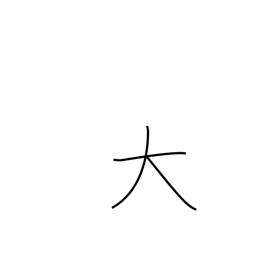
Meaning: big